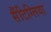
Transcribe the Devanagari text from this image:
सैंटिग्लिया